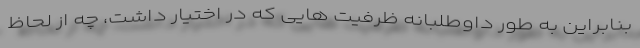
بنابراین به طور داوطلبانه ظرفیت هایی که در اختیار داشت، چه از لحاظ